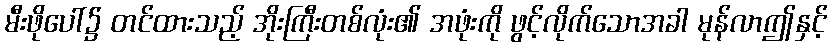
မီးဖိုပေါ်၌ တင်ထားသည့် အိုးကြီးတစ်လုံး၏ အဖုံးကို ဖွင့်လိုက်သောအခါ မုန်လာဤနှင့်